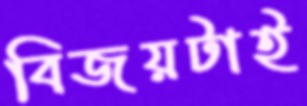
বিজয়টাই